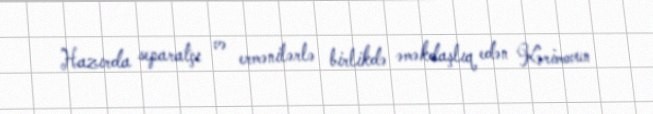
Hazırda separatçı və ermənilərlə birlikdə əməkdaşlıq edən Kərimovun